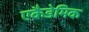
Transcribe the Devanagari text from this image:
एकैडेमिक